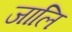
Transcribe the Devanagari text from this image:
जालि